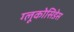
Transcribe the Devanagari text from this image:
ग्लूकोसिडेस